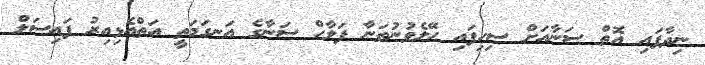
ނިދާފައި އޮތް ސަނާއަށް ސިހިފައި ހޭލެވުނުތަނާ ފަލާހް ސަނާގެ އަނގަމަތީ އަތްއެޅިއިރު ފައިސަލް